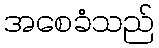
အစေခံသည်